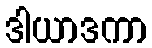
ဒါယာဒကာ